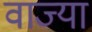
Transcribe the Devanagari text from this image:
वाज्या